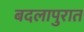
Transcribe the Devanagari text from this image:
बदलापुरात